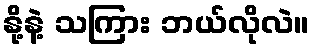
နို့နဲ့ သကြား ဘယ်လိုလဲ။